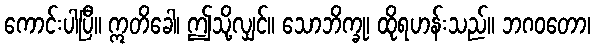
ကောင်းပါပြီ။ ဣတိခေါ၊ ဤသို့လျှင်။ သောဘိက္ခု၊ ထိုရဟန်းသည်။ ဘဂဝတော၊